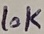
Text: 10K